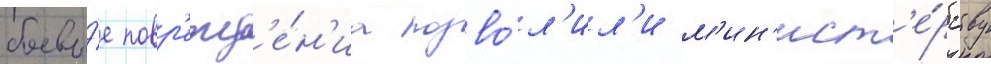
боевы́е повр'ежд'е́н'иа позво́л'ил'и м'ин'ист'е́рству